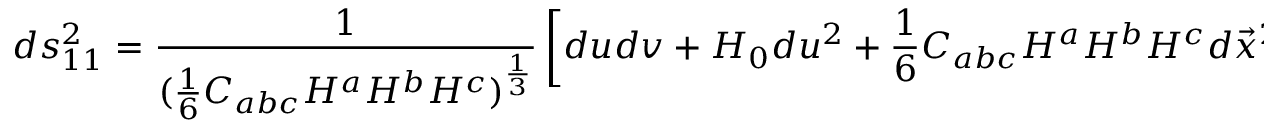
d s _ { 1 1 } ^ { 2 } = { \frac { 1 } { ( { \frac { 1 } { 6 } } C _ { a b c } H ^ { a } H ^ { b } H ^ { c } ) ^ { \frac { 1 } { 3 } } } } \left[ d u d v + H _ { 0 } d u ^ { 2 } + { \frac { 1 } { 6 } } C _ { a b c } H ^ { a } H ^ { b } H ^ { c } d \vec { x } ^ { 2 } + H ^ { a } \omega _ { a } \right] ,